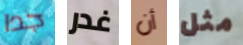
جدا غدر أن مثل